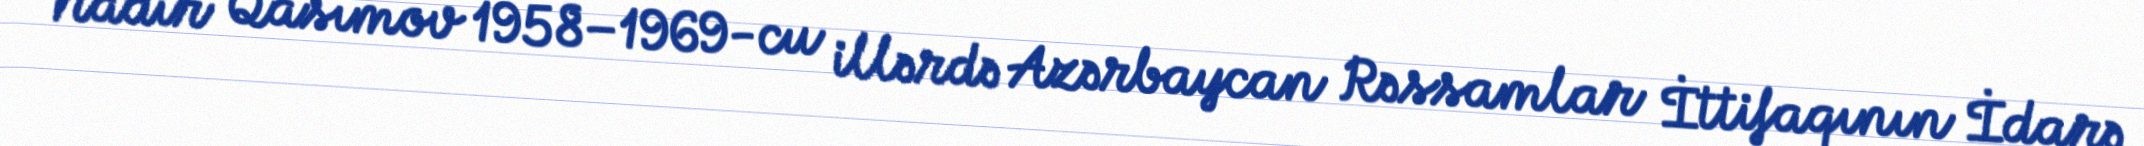
Nadir Qasımov 1958–1969-cu illərdə Azərbaycan Rəssamlar İttifaqının İdarə